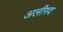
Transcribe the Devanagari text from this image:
अलीगद